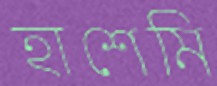
হাশেমি